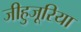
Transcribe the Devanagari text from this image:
जीहुजूरिया